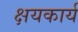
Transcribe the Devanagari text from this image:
क्षयकार्य